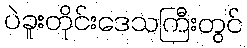
ပဲခူးတိုင်းဒေသကြီးတွင်